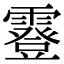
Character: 霯